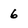
Character: 6